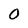
Character: O